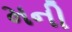
મની